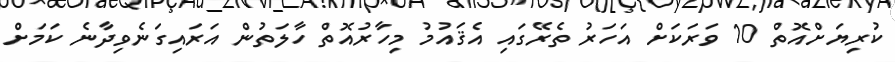
ކުރިޔަށްއޮތް 10 ވަރަކަށް އަހަރު ތެރޭގައި އެޤައުމު މިހާރުއޮތް ހާލަތުން އަރައިގަނެވިދާނެ ކަމަށް